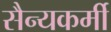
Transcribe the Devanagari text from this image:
सैन्यकर्मी